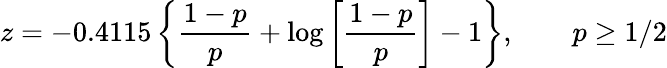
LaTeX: z=-0.4115\left\{ {\frac{1-p}{p}}+\log\left[{\frac{1-p}{p}}\right]-1\right\} ,\qquad p\geq 1/2